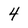
Character: 4